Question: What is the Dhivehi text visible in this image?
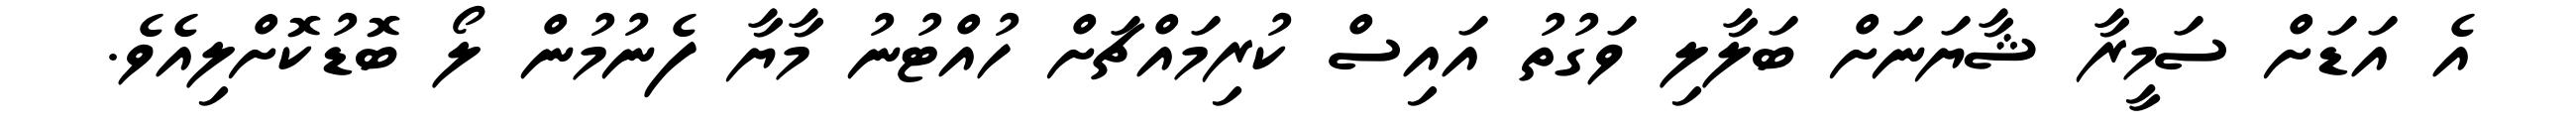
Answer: އެ އަޑަށް ސަމީރާ ޝާޔަނަށް ބަލާލި ވަގުތު އައިސް ކުރިމައްޗަށް ހުއްޓުނު މާޔާ ފެނުމުން ލޯ ބޮޑުކޮށްލިއެވެ.